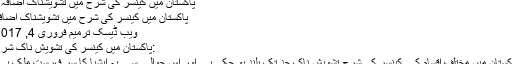
پاکستان میں کینسر کی شرح میں تشویشناک اضافہ -
پاکستان میں کینسر کی شرح میں تشویشناک اضافہ
ویب ڈیسک ترمیم فروری 4, 2017
:پاکستان میں کینسر کی تشویش ناک شرح
پاکستان میں مختلف اقسام کے کینسر کی شرح تشویش ناک حد تک بلند ہو چکی ہے اور اس حوالے سے یہ ایشیا کا سر فہرست ملک ہے۔